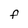
Character: f